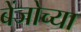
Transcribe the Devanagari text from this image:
बेंजोच्या